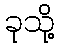
ခုသို့